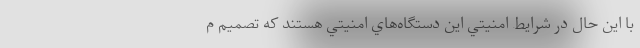
با اين حال در شرايط امنيتي اين دستگاه‌هاي امنيتي هستند كه تصميم م